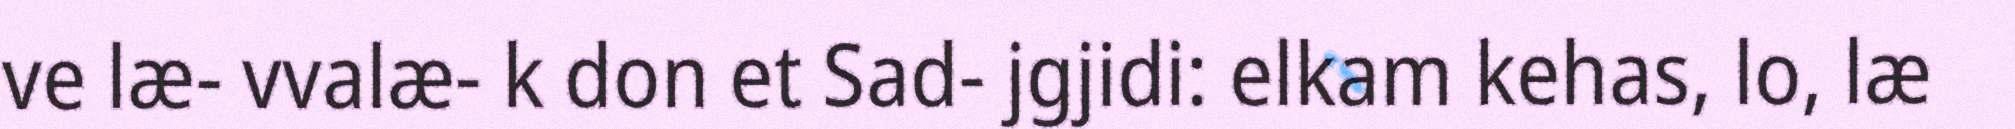
ve læ- vvalæ- k don et Sad- jgjidi: elkam kehas, lo, læ